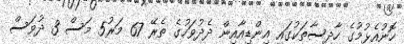
ހޮނުއެޅުމުގެ ހާދިސާތަކުގައި އިންޑިއާއިން ދެދުވަހުގެ ތެރޭ 67 މަރު5 މަސް 3 ދުވަސް